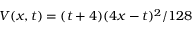
V ( x , t ) = ( t + 4 ) ( 4 x - t ) ^ { 2 } / 1 2 8